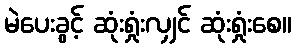
မဲပေးခွင့် ဆုံးရှုံးလျှင် ဆုံးရှုံးစေ။